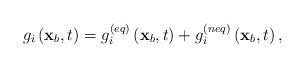
LaTeX: \begin{align*}{g_i}\left( {{{\bf{x}}_b},t} \right) = g_i^{\left( {eq} \right)}\left( {{{\bf{x}}_b},t} \right) + g_i^{\left( {neq} \right)}\left( {{{\bf{x}}_b},t} \right),\end{align*}